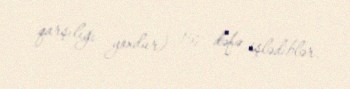
qarşılığı yoxdur) 157 dəfə işlədiblər.